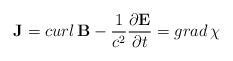
\begin{align*}{\bf J} = curl \, {\bf B} - {1\over c^2}{\partial {\bf E} \over \partial t} = grad \, \chi\end{align*}